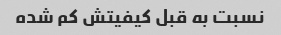
نسبت به قبل کیفیتش کم شده